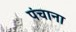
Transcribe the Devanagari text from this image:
पंचाना